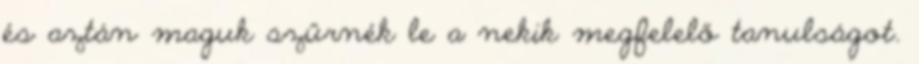
és aztán maguk szűrnék le a nekik megfelelő tanulságot.